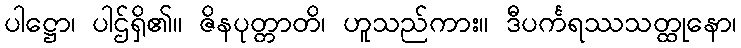
ပါဋ္ဌော၊ ပါဌ်ရှိ၏။ ဇိနပုတ္တာတိ၊ ဟူသည်ကား။ ဒီပင်္ကရဿသတ္ထုနော၊